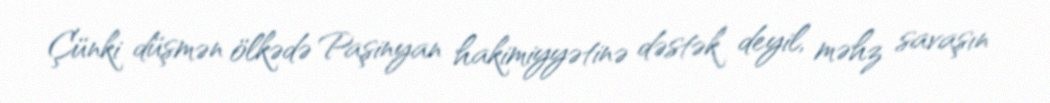
Çünki düşmən ölkədə Paşinyan hakimiyyətinə dəstək deyil, məhz savaşın